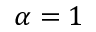
\alpha = 1